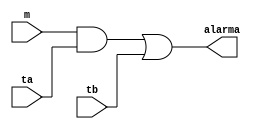
`timescale 1ns / 1ps
//////////////////////////////////////////////////////////////////////////////////
// Company: 
// Engineer: 
// 
// Design Name: 
// Module Name: AlarmaAnimal
// Project Name: 
// Target Devices: 
// Tool Versions: 
// Description: 
// 
// Dependencies: 
// 
// Revision:
// Revision 0.01 - File Created
// Additional Comments:
// 
//////////////////////////////////////////////////////////////////////////////////


module AlarmaAnimal(
    input m,
    input ta,
    input tb,
    output alarma
    );
    
    assign alarma = (m&ta)|tb;
endmodule